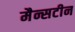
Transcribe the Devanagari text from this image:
मैन्सटीन